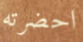
احضرته